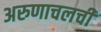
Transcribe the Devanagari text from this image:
अरुणाचलची